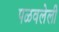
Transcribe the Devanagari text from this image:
पळवलेली